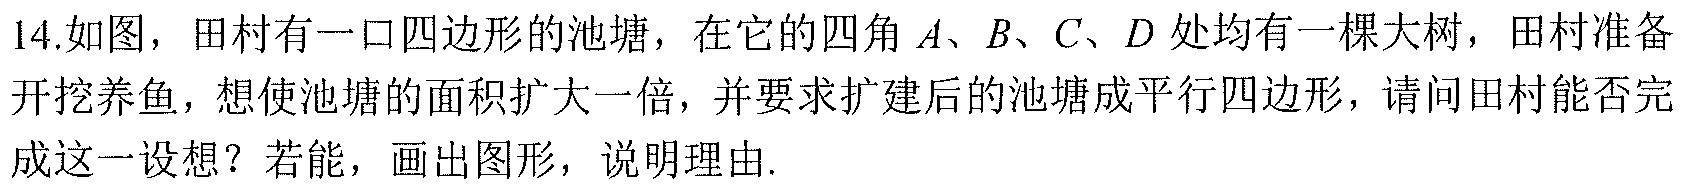
14.如图，田村有一口四边形的池塘，在它的四角\(A、B、C、D\)处均有一棵大树，田村准备开挖养鱼，想使池塘的面积扩大一倍，并要求扩建后的池塘成平行四边形，请问田村能否完成这一设想？若能，画出图形，说明理由.